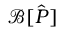
\mathcal { B } [ \hat { P } ]